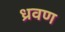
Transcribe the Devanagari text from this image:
ध्रवण